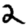
Digit: 2